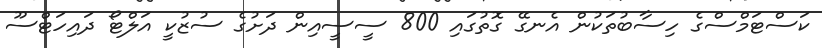
ކަސްޓަމްސްގެ ހިސާބުތަކުން އެނގޭ ގޮތުގައި 800 ސީސީއިން ދަށުގެ ސުޒުކީ އަލްޓޯ ދައިހަޓްސޫ